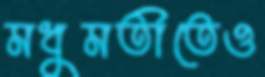
মধুমতীতেও